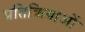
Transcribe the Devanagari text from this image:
प्रतिक्रियाआें